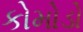
કોમોડો